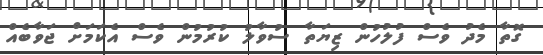
ގޮތާ މެދު ވެސް ފުލުހުން ޒިޔަތާ ސުވާލު ކުރުމުން ވެސް އެކަމަށް ޖަވާބެއް